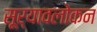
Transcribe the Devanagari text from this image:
सूर्यावलोकन